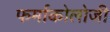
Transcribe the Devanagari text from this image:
फर्माकोलोजी